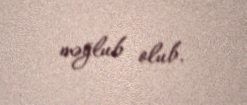
məğlub olub.